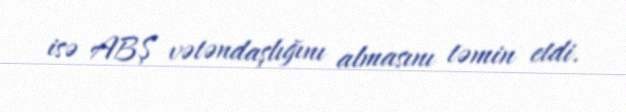
isə ABŞ vətəndaşlığını almasını təmin etdi.